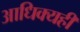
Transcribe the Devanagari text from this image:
आधिक्यही